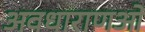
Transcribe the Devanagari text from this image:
अवधाराणओं